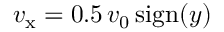
v _ { \mathrm { x } } = 0 . 5 \, v _ { \mathrm { 0 } } \, \mathrm { s i g n } ( y )